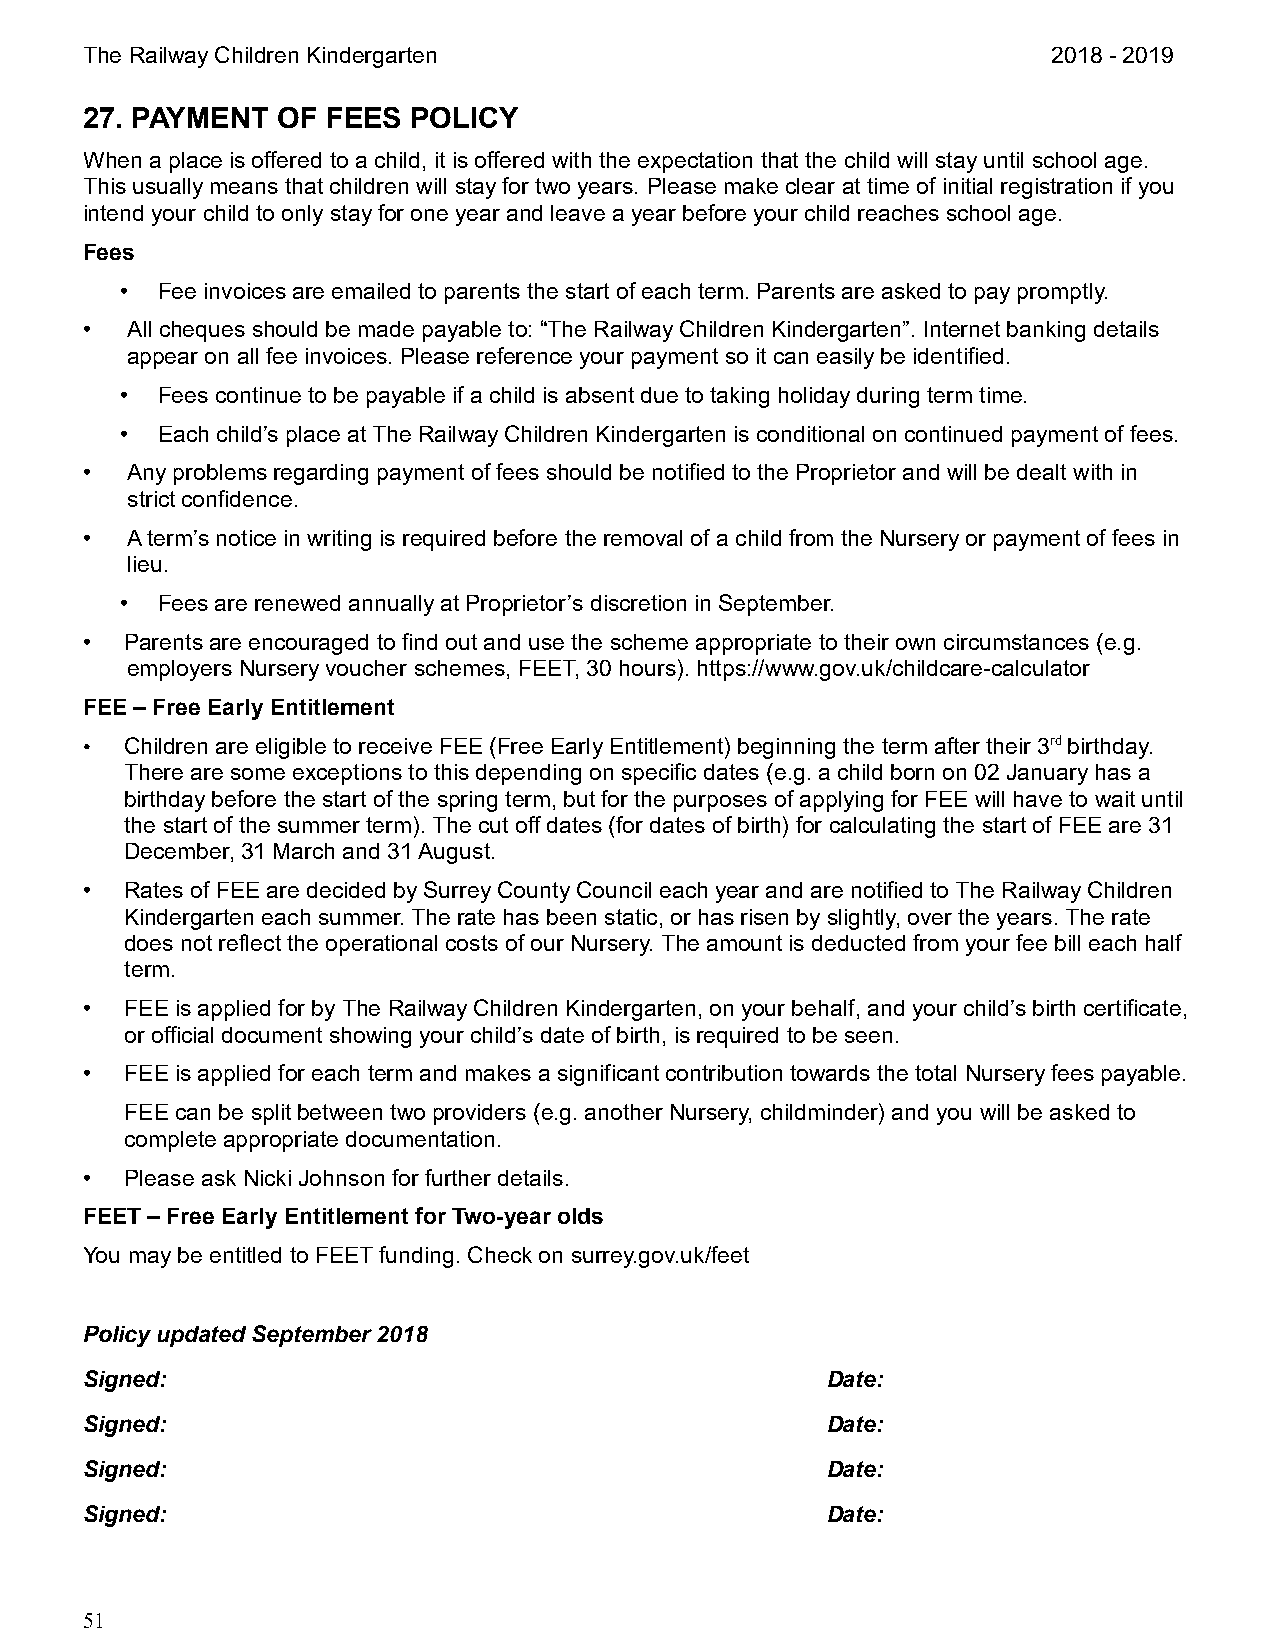
The Railway Children Kindergarten                                2018 - 2019
 27. PAYMENT  OF  FEES POLICY
 When a place is offered to a child, it is offered with the expectation that the child will stay until school age.
 This usually means that children will stay for two years. Please make clear at time of initial registration if you
 intend your child to only stay for one year and leave a year before your child reaches school age.
 Fees
 • Fee invoices are emailed to parents the start of each term. Parents are asked to pay promptly.
 •  All cheques should be made payable to: “The Railway Children Kindergarten”. Internet banking details
 appear on all fee invoices. Please reference your payment so it can easily be identified.
 • Fees continue to be payable if a child is absent due to taking holiday during term time.
 • Each child’s place at The Railway Children Kindergarten is conditional on continued payment of fees.
 •  Any problems regarding payment of fees should be notified to the Proprietor and will be dealt with in
 strict confidence.
 •  A term’s notice in writing is required before the removal of a child from the Nursery or payment of fees in
 lieu.
 • Fees are renewed annually at Proprietor’s discretion in September.
 •  Parents are encouraged to find out and use the scheme appropriate to their own circumstances (e.g.
 employers Nursery voucher schemes, FEET, 30 hours). https://www.gov.uk/childcare-calculator
 FEE – Free Early Entitlement
 •  Children are eligible to receive FEE (Free Early Entitlement) beginning the term after their 3rd birthday.
 There are some exceptions to this depending on specific dates (e.g. a child born on 02 January has a
 birthday before the start of the spring term, but for the purposes of applying for FEE will have to wait until
 the start of the summer term). The cut off dates (for dates of birth) for calculating the start of FEE are 31
 December, 31 March and 31 August.
 •  Rates of FEE are decided by Surrey County Council each year and are notified to The Railway Children
 Kindergarten each summer. The rate has been static, or has risen by slightly, over the years. The rate
 does not reflect the operational costs of our Nursery. The amount is deducted from your fee bill each half
 term.
 •  FEE is applied for by The Railway Children Kindergarten, on your behalf, and your child’s birth certificate,
 or official document showing your child’s date of birth, is required to be seen.
 •  FEE is applied for each term and makes a significant contribution towards the total Nursery fees payable.
 FEE can be split between two providers (e.g. another Nursery, childminder) and you will be asked to
 complete appropriate documentation.
 •  Please ask Nicki Johnson for further details.
 FEET – Free Early Entitlement for Two-year olds
 You may be entitled to FEET funding. Check on surrey.gov.uk/feet
 Policy updated September 2018
 Signed:                                           Date:
 Signed:                                           Date:
 Signed:                                           Date:
 Signed:                                           Date:
 51